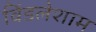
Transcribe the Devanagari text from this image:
विंडलेशाम